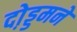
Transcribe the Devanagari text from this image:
दो़ड्डमने